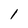
Character: 1